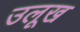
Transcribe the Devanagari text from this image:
उलूख